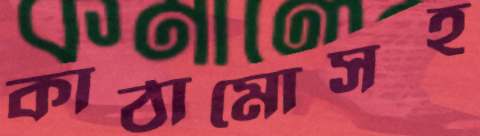
কাঠামোসহ